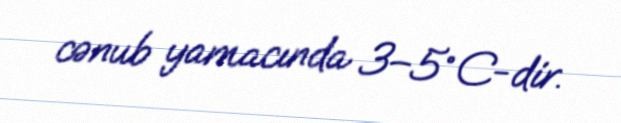
cənub yamacında 3–5°C-dir.